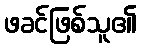
ဖခင်ဖြစ်သူ၏